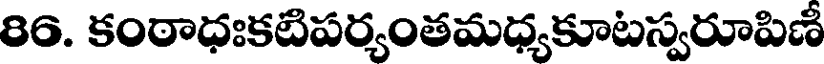
86. కంఠాధఃకటిపర్యంతమధ్యకూటస్వరూపిణీ